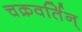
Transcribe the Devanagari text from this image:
चक्रवर्तिन्